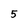
Character: 5